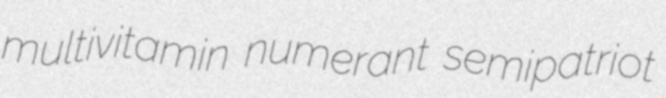
multivitamin numerant semipatriot